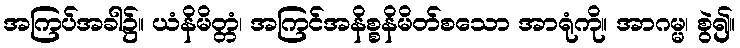
အကြပ်အခါ၌။ ယံနိမိတ္တံ၊ အကြင်အနိစ္စနိမိတ်စသော အာရုံကို။ အာဂမ္မ၊ စွဲ၍။